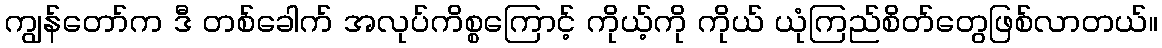
ကျွန်တော်က ဒီ တစ်ခေါက် အလုပ်ကိစ္စကြောင့် ကိုယ့်ကို ကိုယ် ယုံကြည်စိတ်တွေဖြစ်လာတယ်။